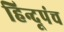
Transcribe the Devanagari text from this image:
हिन्दूपंच